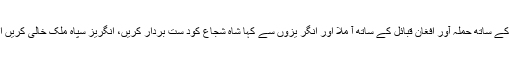
اسی دوران دوست محمد خاں کا فرزند ، اکبر خاں اپنی جمعیت کے ساتھ حملہ آور افغان قبائل کے ساتھ آ ملا اور انگر یزوں سے کہا شاہ شجاع کود ست بردار کریں، انگریز سپاہ ملک خالی کریں اس وقت سیاسی اقتدار انگریز سفیر میک ناٹن کے ہاتھ میں تھا۔